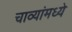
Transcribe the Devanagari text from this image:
चाव्यांमध्ये